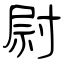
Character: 尉